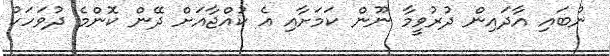
ނުބައި އާދައިން ދުރުވީމާ ނޫން ކަމަށާއި އެ ކުއްޖާއަށް ދޭން ކޮންމެ ދުވަހަކު